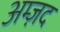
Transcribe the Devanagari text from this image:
अम्ज़द